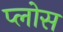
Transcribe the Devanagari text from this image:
प्लोस